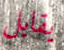
يقابل